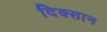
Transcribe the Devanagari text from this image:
दिक्सान